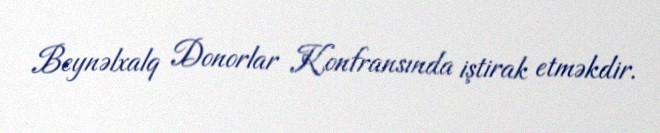
Beynəlxalq Donorlar Konfransında iştirak etməkdir.